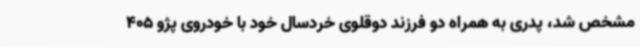
مشخص شد، پدری به همراه دو فرزند دوقلوی خردسال خود با خودروی پژو 405